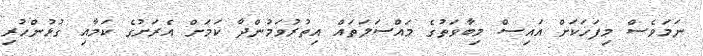
ނަމަވެސް މިފަހަކަށް އައިސް މިބާވަތުގެ މައްސަލަތައް އިތުރުވަމުންދާ ކަމަށް އެރަށުގެ ކަމާއި ގުޅުންހުރި